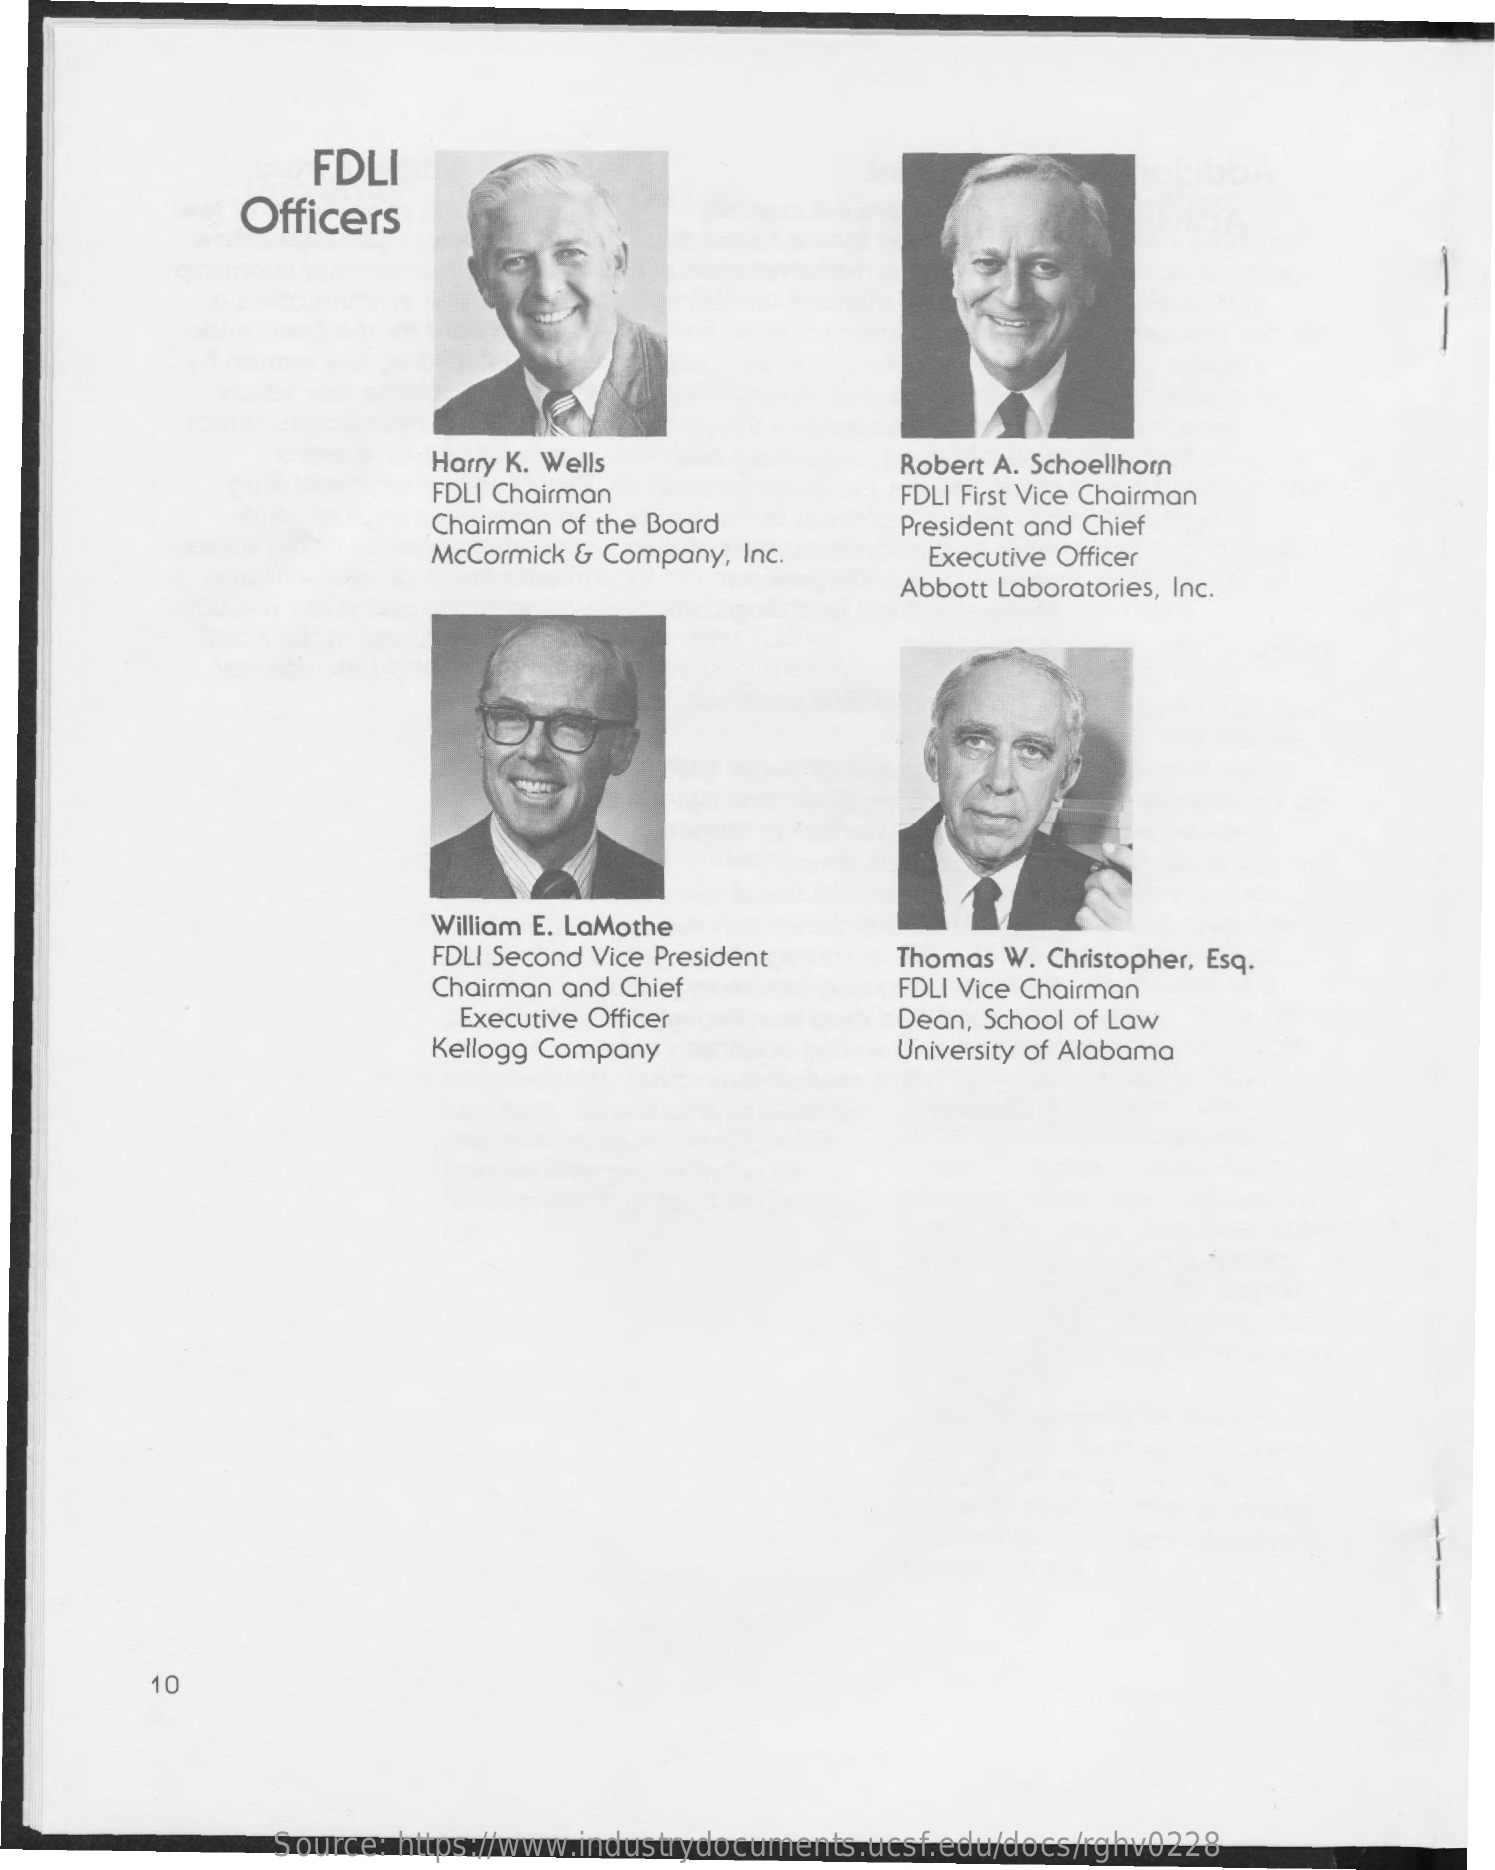
FDLI
     Officers
     Harry K. Wells
     FDLI Chairman
     Robert A. Schoellhorn
     FDLI First Vice Chairman
     Chairman of the Board
     McCormick & Company, Inc.
     President and Chief
     Executive Officer
     Abbott Laboratories, Inc.
     William E. LaMothe
     FDLI Second Vice President   Thomas W. Christopher, Esq.
     Chairman and Chief    FDLI Vice Chairman
     Executive Officer
     Kellogg Company
     Dean, School of Law
     University of Alabama
     10
     Source: https://www.industrydocuments.ucsf.edu/docs/rghv0228